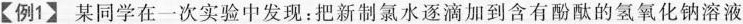
【例1】某同学在一次实验中发现：把新制氯水逐滴加到含有酚酞的氢氧化钠溶液